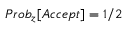
P r o b _ { z } [ A c c e p t ] = 1 / 2